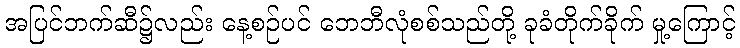
အပြင်ဘက်ဆီ၌လည်း နေ့စဉ်ပင် ဘေဘီလုံစစ်သည်တို့ ခုခံတိုက်ခိုက် မှု့ကြောင့်